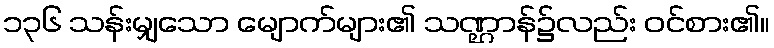
၁၃၆ သန်းမျှသော မျောက်များ၏ သဏ္ဌာန်၌လည်း ဝင်စား၏။